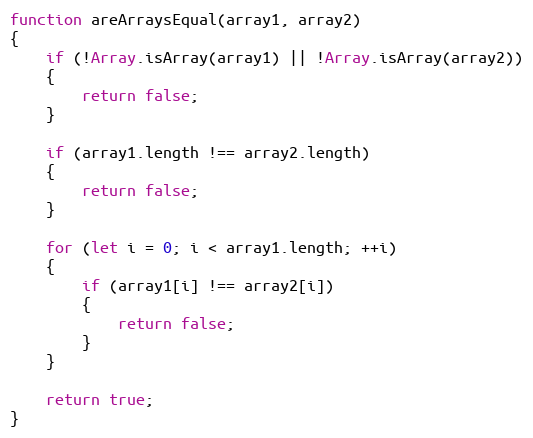
Language: JavaScript
function areArraysEqual(array1, array2)
{
    if (!Array.isArray(array1) || !Array.isArray(array2))
    {
        return false;
    }

    if (array1.length !== array2.length)
    {
        return false;
    }

    for (let i = 0; i < array1.length; ++i)
    {
        if (array1[i] !== array2[i])
        {
            return false;
        }
    }

    return true;
}